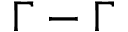
\Gamma - \Gamma